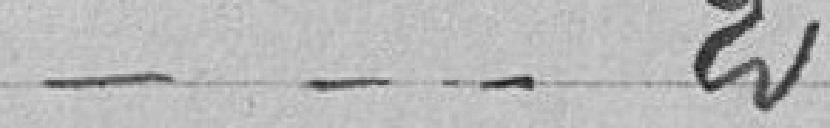
20